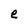
Character: e